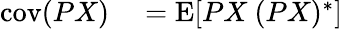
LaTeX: \begin{array}{rl}{\operatorname{cov}(PX)}&{{}=\operatorname{E}[PX~(PX)^{*}]}\end{array}